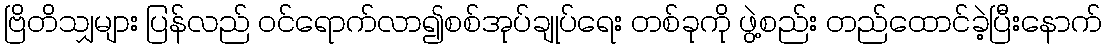
ဗြိတိသျှများ ပြန်လည် ဝင်ရောက်လာ၍စစ်အုပ်ချုပ်ရေး တစ်ခုကို ဖွဲ့စည်း တည်ထောင်ခဲ့ပြီးနောက်